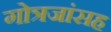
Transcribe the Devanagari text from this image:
गोत्रजांसह